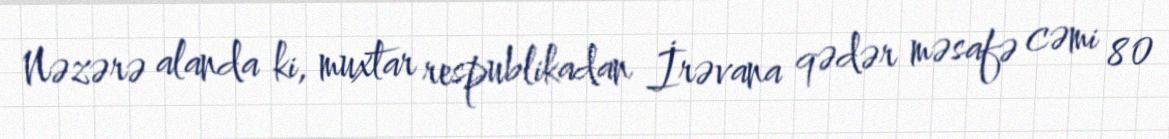
Nəzərə alanda ki, muxtar respublikadan İrəvana qədər məsafə cəmi 80